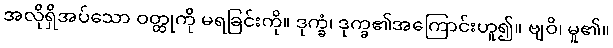
အလိုရှိအပ်သော ဝတ္ထုကို မရခြင်းကို။ ဒုက္ခံ၊ ဒုက္ခ၏အကြောင်းဟူ၍။ ဗျဝိ၊ မူ၏။